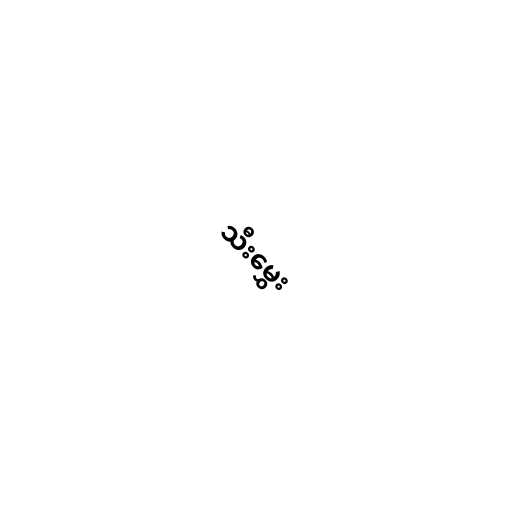
သီးမွှေး